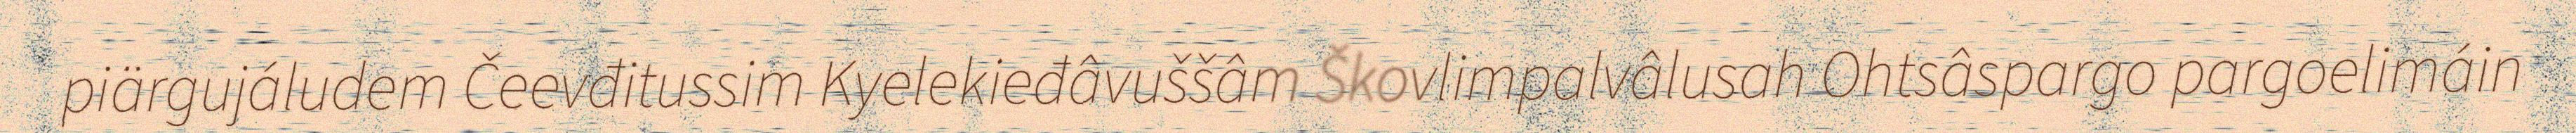
piärgujáludem Čeevđitussim Kyelekieđâvuššâm Škovlimpalvâlusah Ohtsâspargo pargoelimáin